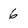
Character: 6